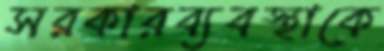
সরকারব্যবস্থাকে